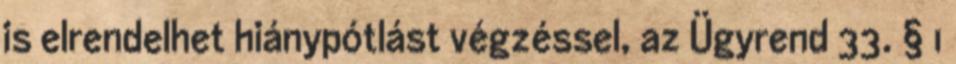
is elrendelhet hiánypótlást végzéssel, az Ügyrend 33. § 1